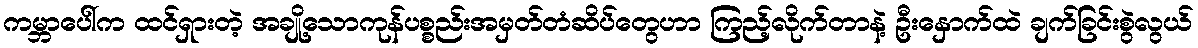
ကမ္ဘာပေါ်က ထင်ရှားတဲ့ အချို့သောကုန်ပစ္စည်းအမှတ်တံဆိပ်တွေဟာ ကြည့်လိုက်တာနဲ့ ဦးနှောက်ထဲ ချက်ခြင်းစွဲလွယ်